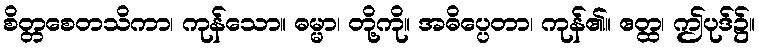
စိတ္တစေတသိကာ၊ ကုန်သော။ ဓမ္မာ၊ တို့ကို။ အဓိပ္ပေတာ၊ ကုန်၏။ ဧတ္ထ၊ ဤပုဒ်၌။